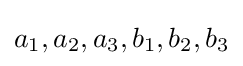
a_{1},a_{2},a_{3},b_{1},b_{2},b_{3}